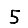
Digit: 5